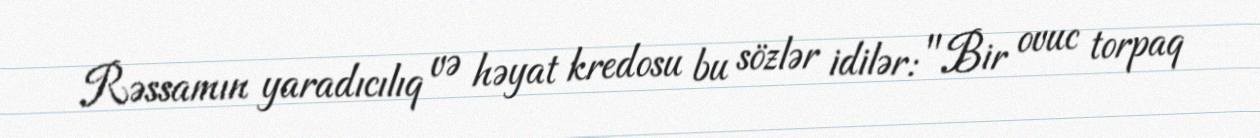
Rəssamın yaradıcılıq və həyat kredosu bu sözlər idilər: "Bir ovuc torpaq